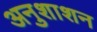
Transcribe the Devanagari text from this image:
अनुशाशन